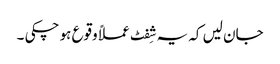
جان لیں کہ یہ شِفٹ عملاً وقوع ہو چکی ۔